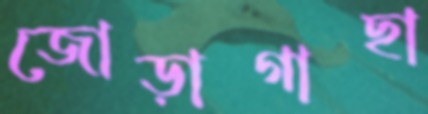
জোড়াগাছা